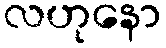
လဟုနော